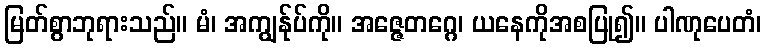
မြတ်စွာဘုရားသည်။ မံ၊ အကျွန်ုပ်ကို။ အဇ္ဇေတဂ္ဂေ၊ ယနေကိုအစပြု၍။ ပါဏုပေတံ၊